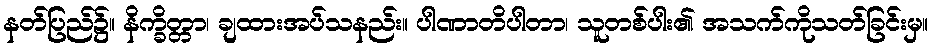
နတ်ပြည်၌။ နိက္ခိတ္တာ၊ ချထားအပ်သနည်း။ ပါဏာတိပါတာ၊ သူတစ်ပါး၏ အသက်ကိုသတ်ခြင်းမှ။